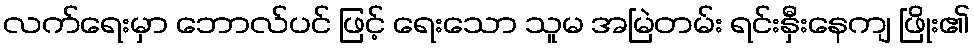
လက်ရေးမှာ ဘောလ်ပင် ဖြင့် ရေးသော သူမ အမြဲတမ်း ရင်းနှီးနေကျ ဖြိုး၏